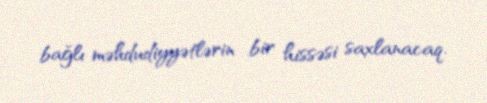
bağlı məhdudiyyətlərin bir hissəsi saxlanacaq.